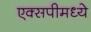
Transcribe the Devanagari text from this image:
एक्सपीमध्ये